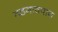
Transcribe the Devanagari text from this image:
वडगावपान